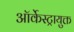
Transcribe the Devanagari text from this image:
ऑर्केस्ट्रायुक्त